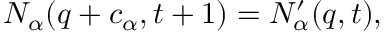
N _ { \alpha } ( { q } + { c } _ { \alpha } , t + 1 ) = N _ { \alpha } ^ { \prime } ( { q } , t ) ,